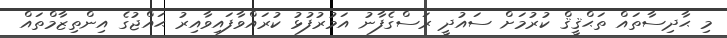
މި ޙާދިސާތައް ތަޙްޤީޤް ކުރުމަށް ސައުދީ ރަސްގެފާނު އަމުރުފުޅު ކުރައްވާފައިވާއިރު ޙައްޖުގެ އިންތިޒާމްތައް